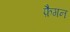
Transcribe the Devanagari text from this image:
फ़ैगन